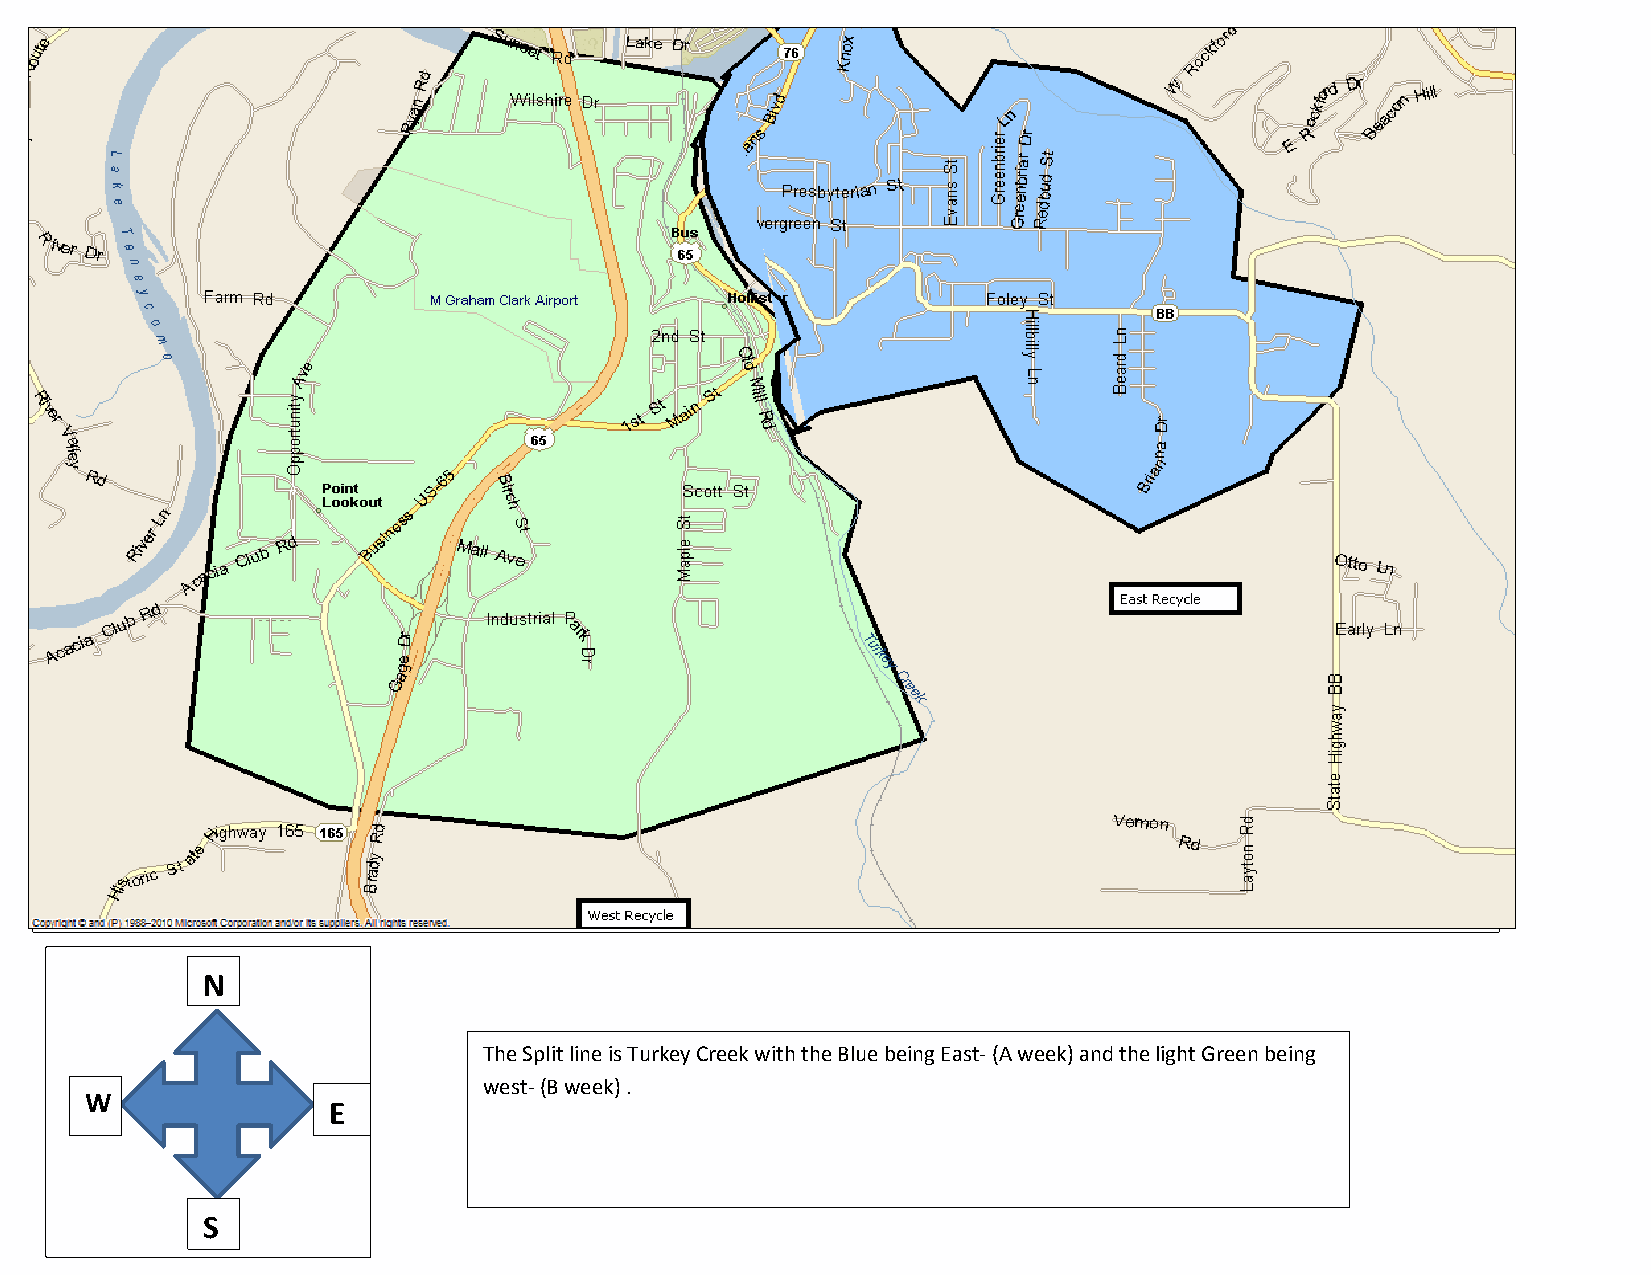
N
 The Split line is Turkey Creek with the Blue being East- (A week) and the light Green being
 west- (B week) .
 W
 E
 S